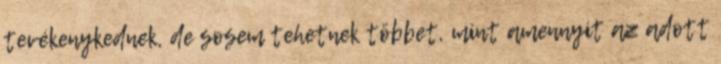
tevékenykednek, de sosem tehetnek többet, mint amennyit az adott